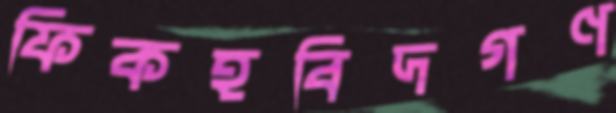
ফিকহবিদগণ